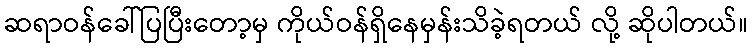
ဆရာဝန်ခေါ်ပြပြီးတော့မှ ကိုယ်ဝန်ရှိနေမှန်းသိခဲ့ရတယ် လို့ ဆိုပါတယ်။